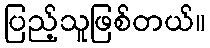
ပြည့်သူဖြစ်တယ်။